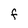
Character: f